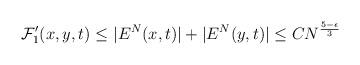
LaTeX: \begin{align*}\mathcal{F}_1'(x,y,t)\leq&\ |E^N(x,t)|+|E^N(y,t)|\leq C N^{\frac{5-\epsilon}{3}}\end{align*}